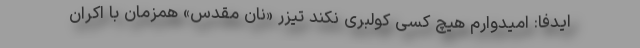
ایدفا: امیدوارم هیچ کسی کولبری نکند تیزر «نان مقدس» همزمان با اکران